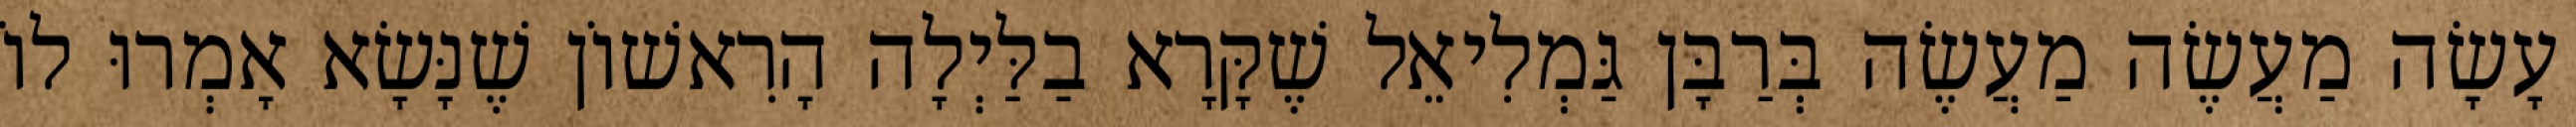
עָשָׂה מַעֲשֶׂה מַעֲשֶׂה בְּרַבָּן גַּמְלִיאֵל שֶׁקָּרָא בַלַּיְלָה הָרִאשׁוֹן שֶׁנָּשָׂא אָמְרוּ לוֹ